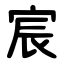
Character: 宸